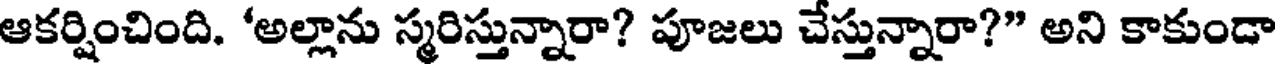
ఆకర్షించింది. 'అల్లాను స్మరిస్తున్నారా? పూజలు చేస్తున్నారా?" అని కాకుండా